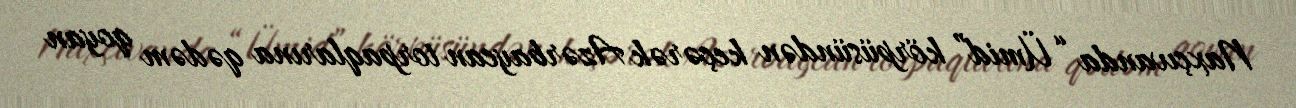
Naxçıvanda “Ümid” körpüsündən keçərək Azərbaycan torpaqlarına qədəm qoyan